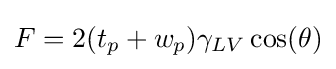
F=2(t_{p}+w_{p})\gamma _{LV}\cos(\theta )